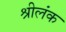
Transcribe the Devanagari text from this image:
श्रीलंक